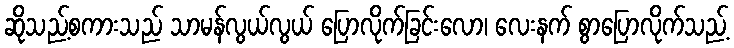
ဆိုသည့်စကားသည် သာမန်လွယ်လွယ် ပြောလိုက်ခြင်းလော၊ လေးနက် စွာပြောလိုက်သည့်